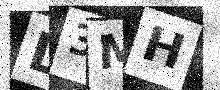
Text: L3MH